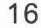
16